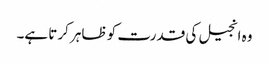
وہ انجیل کی قدرت کو ظاہر کرتا ہے۔